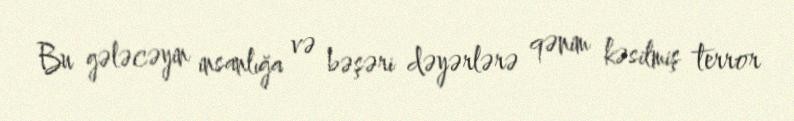
Bu gələcəyin insanlığa və bəşəri dəyərlərə qənim kəsilmiş terror